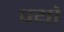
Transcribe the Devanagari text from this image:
पयो